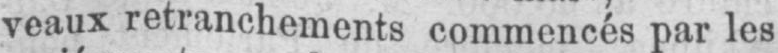
veaux retranchements commencés par les